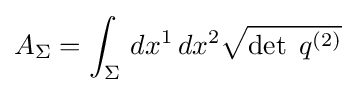
A_{\Sigma }=\int _{\Sigma }\,dx^{1}\,dx^{2}{\sqrt {\det \;q^{(2)}}}